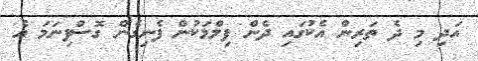
އަދި މި ދެ ތަރިން އެކުގައި ދެން ފިލްމަކުން ފެނިގެން ގޮސްފިނަމަ އެ